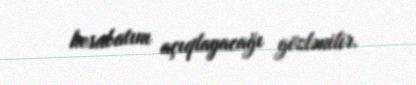
hesabatını açıqlayacağı gözlənilir.